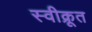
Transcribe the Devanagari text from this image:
स्वीक्रूत